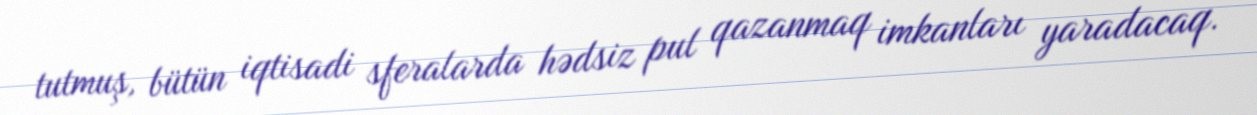
tutmuş, bütün iqtisadi sferalarda hədsiz pul qazanmaq imkanları yaradacaq.